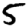
Digit: 5